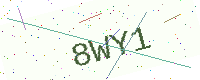
Text: 8WY1